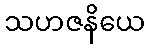
သဟဇနိယေ